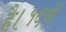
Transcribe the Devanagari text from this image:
है।१९वीं